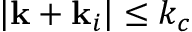
| \mathbf { k } + \mathbf { k } _ { i } | \leq k _ { c }